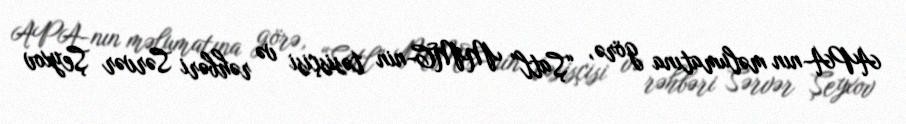
APA-nın məlumatına görə, “Şatl” MMC-nin təsisçisi və rəhbəri Sərvər Şeyxov